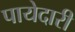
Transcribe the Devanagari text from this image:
पायेदारी